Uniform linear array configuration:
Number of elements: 16
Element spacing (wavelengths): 1
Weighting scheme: blackman
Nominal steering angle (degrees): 15
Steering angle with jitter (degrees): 15.411
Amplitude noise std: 0.05
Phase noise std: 0.05

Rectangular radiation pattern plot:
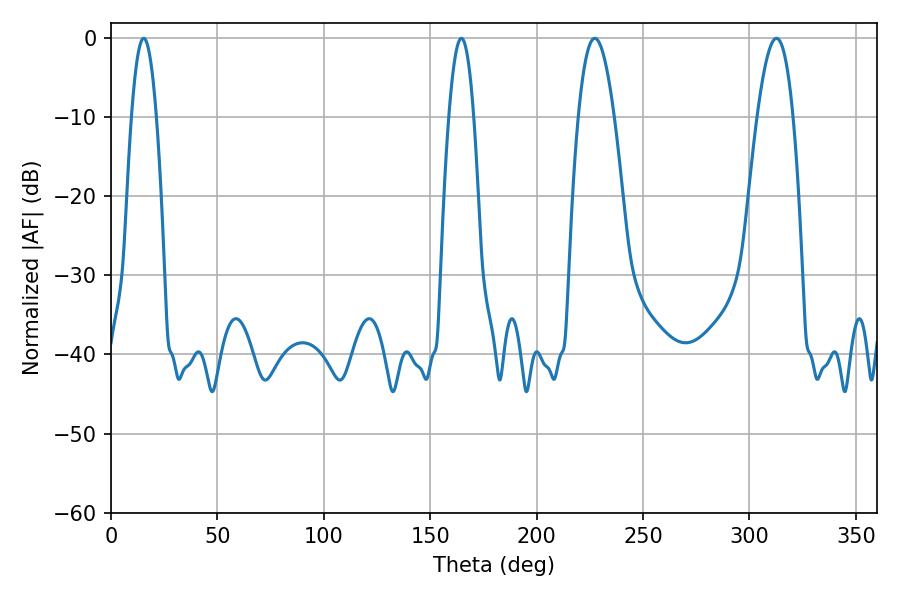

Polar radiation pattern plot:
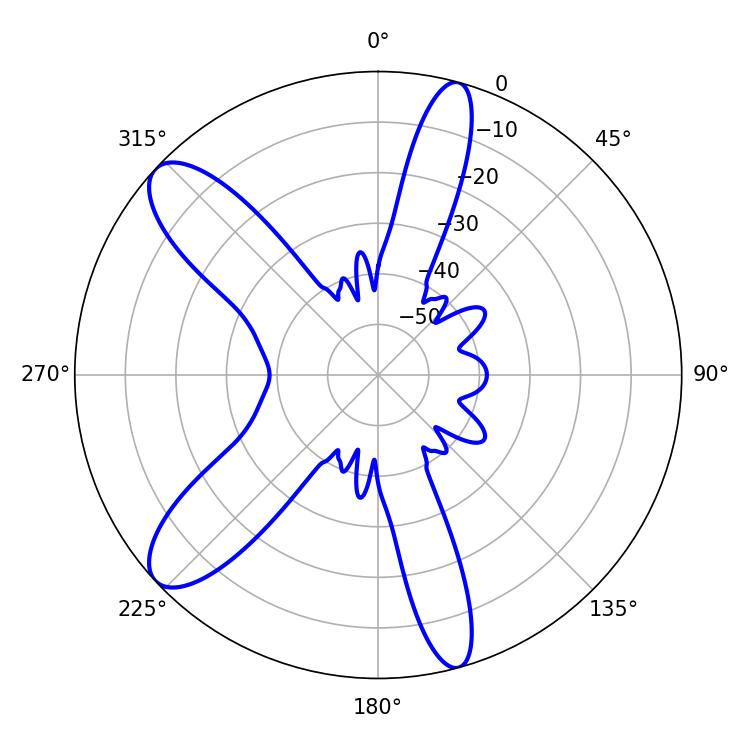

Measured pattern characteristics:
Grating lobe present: TRUE
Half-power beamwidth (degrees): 9.36
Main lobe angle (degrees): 227.34